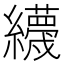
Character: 𦇪